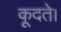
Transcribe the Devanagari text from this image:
कूदते।